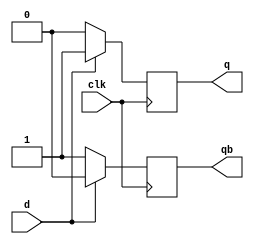
module dff(d,q,qb,clk);
  input d,clk;
  output reg q, qb;
  
  initial
  begin
    q <= 0;
    qb <= 1;
  end
  
  always @(negedge clk)
  begin
    if (d==0) begin q<=0; qb <= 1; end
    else if (d==1) begin q<=1; qb<=0; end
  end
endmodule